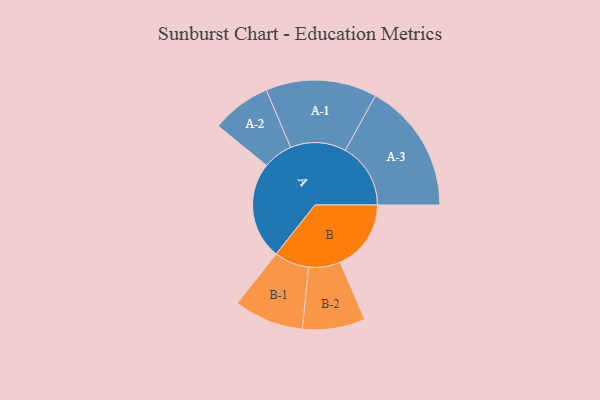
{"axis": {"x": "Segment", "y": "Value"}, "legend": ["", "A", "B"], "data": [{"x": "A", "y": 418, "type": ""}, {"x": "B", "y": 306, "type": ""}, {"x": "A-1", "y": 239, "type": "A"}, {"x": "A-2", "y": 128, "type": "A"}, {"x": "A-3", "y": 281, "type": "A"}, {"x": "B-1", "y": 150, "type": "B"}, {"x": "B-2", "y": 135, "type": "B"}]}